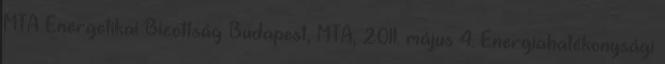
MTA Energetikai Bizottság Budapest, MTA, 2011. május 4. Energiahatékonysági